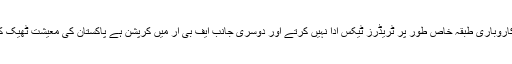
پاکستان کا کاروباری طبقہ خاص طور پر ٹریڈرز ٹیکس ادا نہیں کرتے اور دوسری جانب ایف بی آر میں کرپشن ہے پاکستان کی معیشت ٹھیک کیسے ہوگی۔